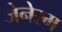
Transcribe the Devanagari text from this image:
जेनेरम